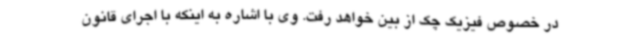
در خصوص فیزیک چک از بین خواهد رفت. وی با اشاره به اینکه با اجرای قانون